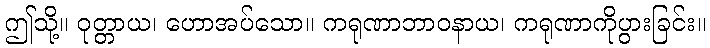
ဤသို့။ ဝုတ္တာယ၊ ဟောအပ်သော။ ကရုဏာဘာဝနာယ၊ ကရုဏာကိုပွားခြင်း။